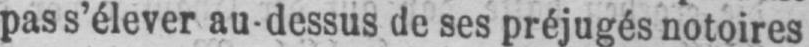
pas s’élever au-dessus de ses préjugés notoires